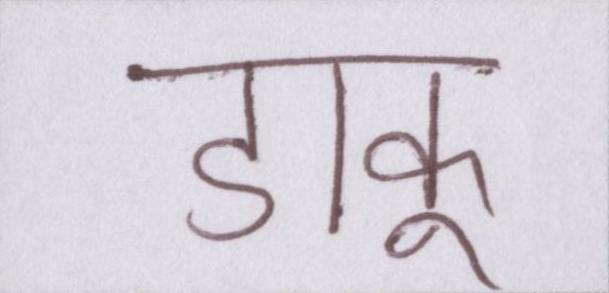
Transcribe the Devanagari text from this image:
डाकू